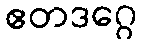
ဧတဒဂ္ဂေ